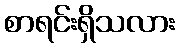
စာရင်းရှိသလား